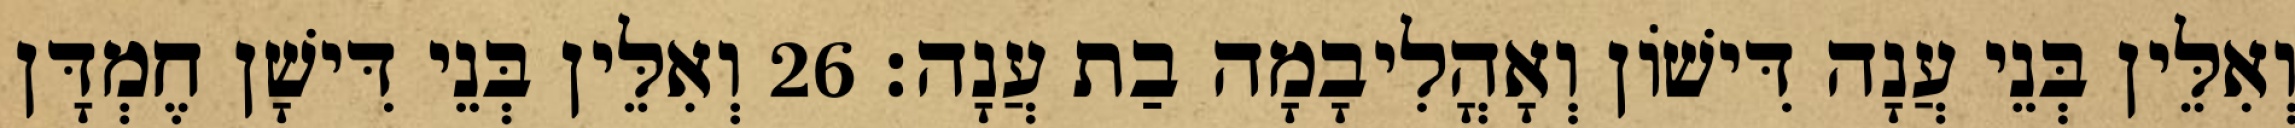
וְאִלֵּין בְּנֵי עֲנָה דִּישׁוֹן וְאָהֳלִיבָמָה בַת עֲנָה׃ 26 וְאִלֵּין בְּנֵי דִּישָׁן חֶמְדָּן